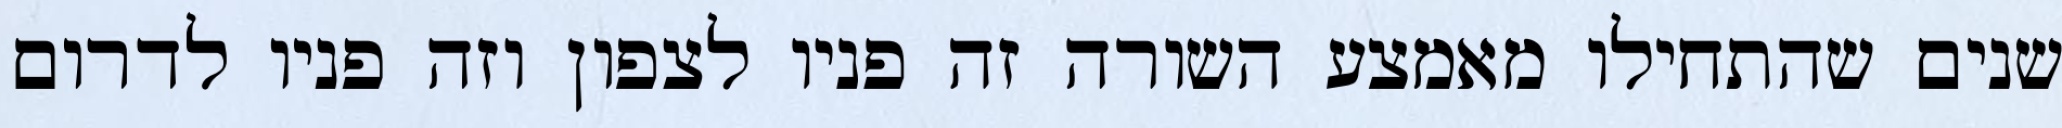
שנים שהתחילו מאמצע השורה זה פניו לצפון וזה פניו לדרום